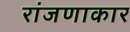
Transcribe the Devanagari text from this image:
रांजणाकार